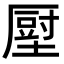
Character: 𡐷